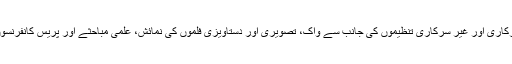
اس موقع پر مختلف سرکاری اور غیر سرکاری تنظیموں کی جانب سے واک، تصویری اور دستاویزی فلموں کی نمائش، علمی مباحثے اور پریس کانفرنسوں کا اہتمام کیا گیا ہے۔